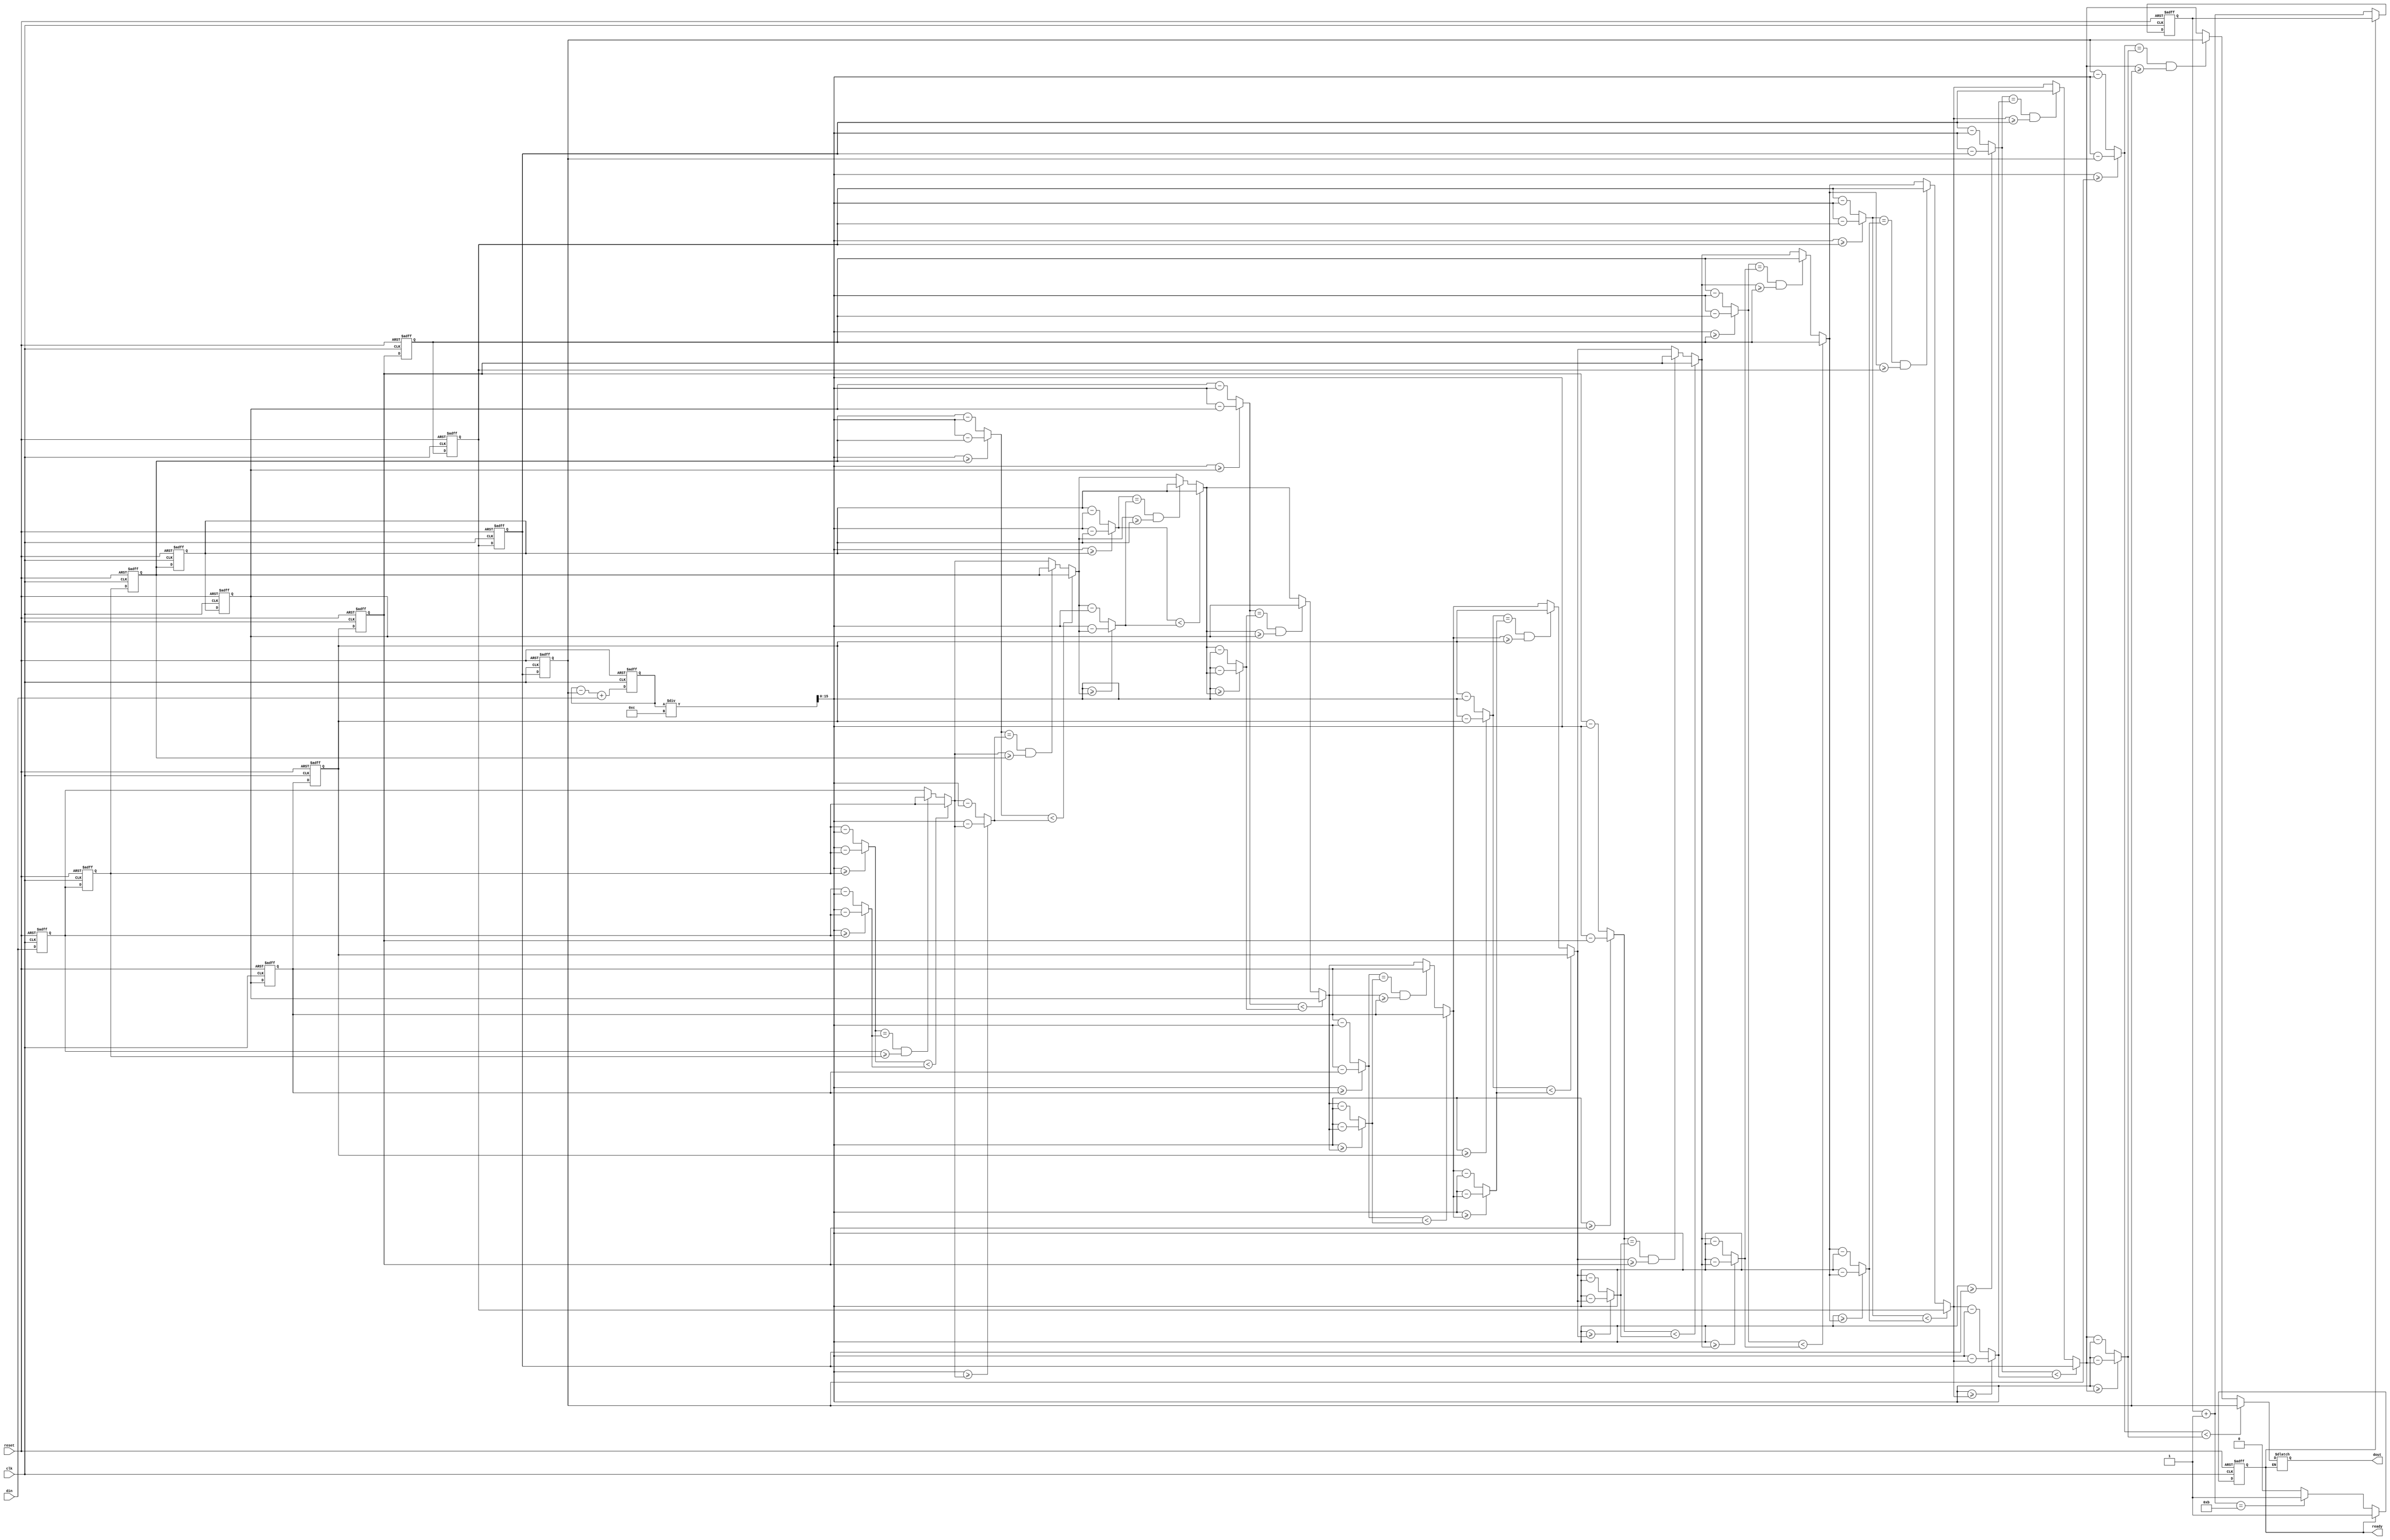
module avg(din, reset, clk, ready, dout);
input reset, clk;
input [15:0] din;
output reg ready;
output reg [15:0] dout;

// ==========================================
//  Enter your design below
// ==========================================

reg [15:0] mem [11:0] ;
reg [20:0] sum;
reg [3:0] i;
reg [3:0] j;
reg [15:0] avg;
reg [15:0] arrp;
reg [3:0] count;

        always@(posedge clk or posedge reset)begin
                if(reset)begin
                        for(i = 0;i<12;i = i+1)
                                mem[i] <= 0;
                        sum <= 0;
                        i <= 0;
                        ready <= 0;
                        count <= 0;
                end
                else begin
                        for(i = 11;i>0;i = i-1)
                                mem[i] <= mem[i-1];
                        mem[0] <= din;
                        sum <= sum - mem[11] + din;
                        if(ready == 0)begin
                                count = count +1;
                                if(count == 11)
                                        ready = 1;
                        end
                        else
                                ready = 1;
                        end
        end
        always @(*) begin
                if(ready == 1)begin
                                avg = sum/12;
                                arrp = mem[0];
                        for(j = 0;j<12;j = j+1)begin
                                if(((avg >= mem[j])?avg-mem[j]:mem[j]-avg) < ((avg >= arrp)?avg-arrp:arrp-avg))
                                        arrp = mem[j];
                                else if(((avg >= mem[j])?avg-mem[j]:mem[j]-avg) == ((avg >= arrp)?avg-arrp:arrp-avg) && arrp >= mem[j])
                                        arrp = mem[j];
                                else
                                        arrp = arrp;
                        end
                        dout = arrp;
                end
        end

endmodule